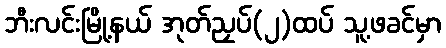
ဘီးလင်းမြို့နယ် အုတ်ညှပ်(၂)ထပ် သူ့ဖခင်မှာ